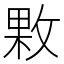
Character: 㪙